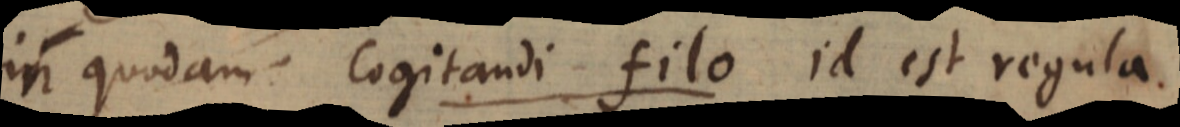
in quodam Cogitandi filo id est regula